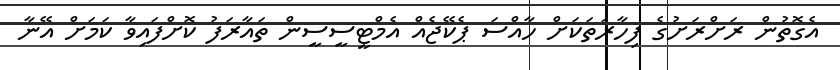
އެގޮތުން ރަށްރަށުގެ ފިހާރަތަކަށް ހާއްސަ ޕެކޭޖެއް އެމްޓީސީސީން ތައާރަފު ކޮށްފައިވާ ކަމަށް އޭނާ